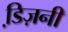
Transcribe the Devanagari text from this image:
डि़ज़नी